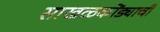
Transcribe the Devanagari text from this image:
साखळकोंड्याची